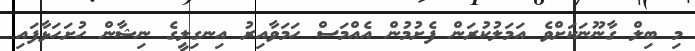
މި ބިލް ގާނޫނަކަށްވެ އަމަލުކުރަން ފެށުމުން އެއްމަސް ހަމަވާއިރު އިނގިލީގެ ނިޝާން ހުށަހަޅާފައި